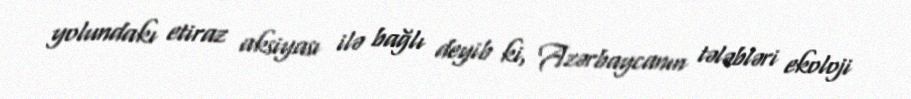
yolundakı etiraz aksiyası ilə bağlı deyib ki, Azərbaycanın tələbləri ekoloji